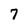
Character: 7